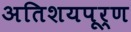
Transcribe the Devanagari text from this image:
अतिशयपूर्ण